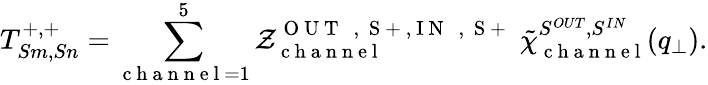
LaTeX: T_{Sm,Sn}^{+,+}=\sum_{\mathrm{~c~h~a~n~n~e~l~}=1}^{5}\mathcal{Z}_{\mathrm{~c~h~a~n~n~e~l~}}^{\mathrm{~O~U~T~\phantom{~}{~,~}~S~+~},\mathrm{~I~N~\phantom{~}{~,~}~S~+~}}\; \tilde{\chi}_{\mathrm{~c~h~a~n~n~e~l~}}^{S^{OUT},S^{IN}}(q_{\perp}).